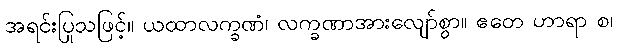
အရင်းပြုသဖြင့်။ ယထာလက္ခဏံ၊ လက္ခဏာအားလျော်စွာ။ ဧတေ ဟာရာ စ၊